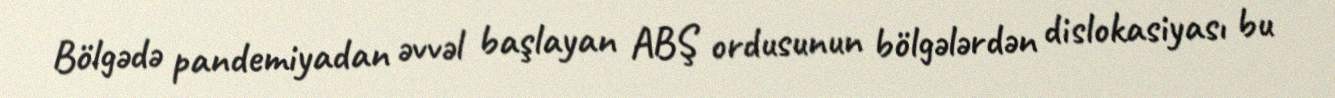
Bölgədə pandemiyadan əvvəl başlayan ABŞ ordusunun bölgələrdən dislokasiyası bu